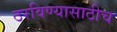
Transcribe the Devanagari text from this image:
ठरविण्यासाठीच